Civil Veterinary Department Bihar & Orissa reports 1929-36 - 1929-1936
Year: 1929
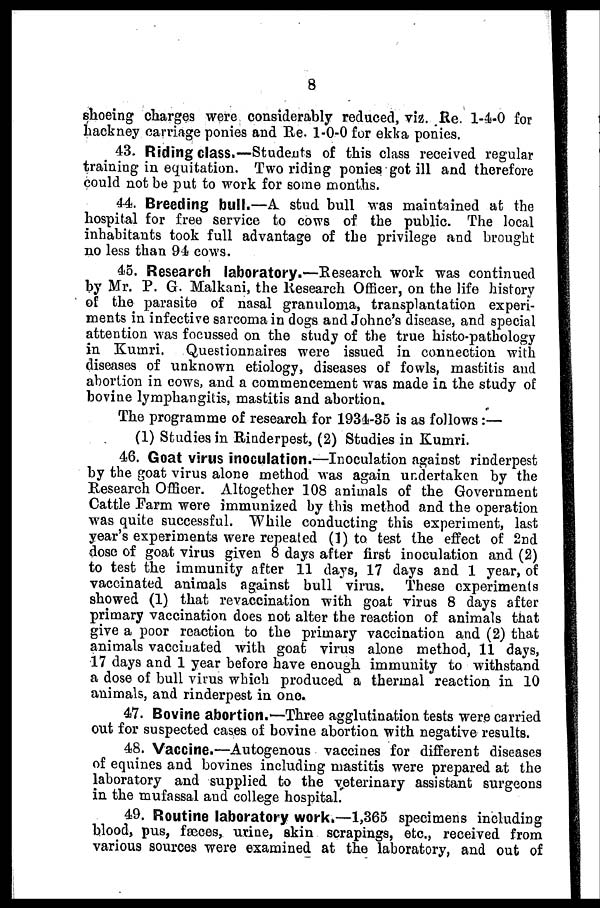
8
shoeing charges were considerably reduced, viz. Re, 1-4-0 for
hackney carriage ponies and Re. 1-0-0 for ekka ponies.
43. Riding class.—Students of this class received regular
training in equitation. Two riding ponies got ill and therefore
could not be put to work for some months.
44. Breeding bull.—A stud bull was maintained at the
hospital for free service to cows of the public. The local
inhabitants took full advantage of the privilege and brought
no less than 94 cows,
45. Research laboratory.—Research work was continued
by Mr. P. G. Malkani, the Research Officer, on the life history
of the parasite of nasal granuloma, transplantation experi-
ments in infective sarcoma in dogs and Johne's disease, and special
attention was focussed on the study of the true histo-pathology
in Kumri. Questionnaires were issued in connection with
diseases of unknown etiology, diseases of fowls, mastitis and
abortion in cows, and a commencement was made in the study of
bovine lymphangitis, mastitis and abortion.
The programme of research for 1934-35 is as follows:—
(1) Studies in Rinderpest, (2) Studies in Kumri.
46. Goat virus inoculation.—Inoculation against rinderpest
by the goat virus alone method was again undertaken by the
Research Officer. Altogether 108 animals of the Government
Cattle Farm were immunized by this method and the operation
was quite successful. While conducting this experiment, last
year's experiments were repeated (1) to test the effect of 2nd
dose of goat virus given 8 days after first inoculation and (2)
to test the immunity after 11 days, 17 days and 1 year, of
vaccinated animals against bull virus. These experiments
showed (1) that revaccination with goat virus 8 days after
primary vaccination does not alter the reaction of animals that
give a poor reaction to the primary vaccination and (2) that
animals vaccinated with goat virus alone method, 11 days,
17 days and 1 year before have enough immunity to withstand
a dose of bull virus which produced a thermal reaction in 10
animals, and rinderpest in one.
47. Bovine abortion.—Three agglutination tests were carried
out for suspected cases of bovine abortion with negative results.
48. Vaccine.—Autogenous vaccines for different diseases
of equines and bovines including mastitis were prepared at the
laboratory and supplied to the veterinary assistant surgeons
in the mufassal and college hospital.
49. Routine laboratory work.—1,365 specimens including
blood, pus, fæces, urine, skin scrapings, etc, received from
various sources were examined at the laboratory, and out of